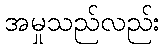
အမှုသည်လည်း